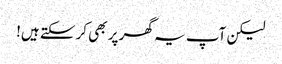
لیکن آپ یہ گھر پر بھی کرسکتے ہیں!